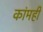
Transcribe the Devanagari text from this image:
कांमही